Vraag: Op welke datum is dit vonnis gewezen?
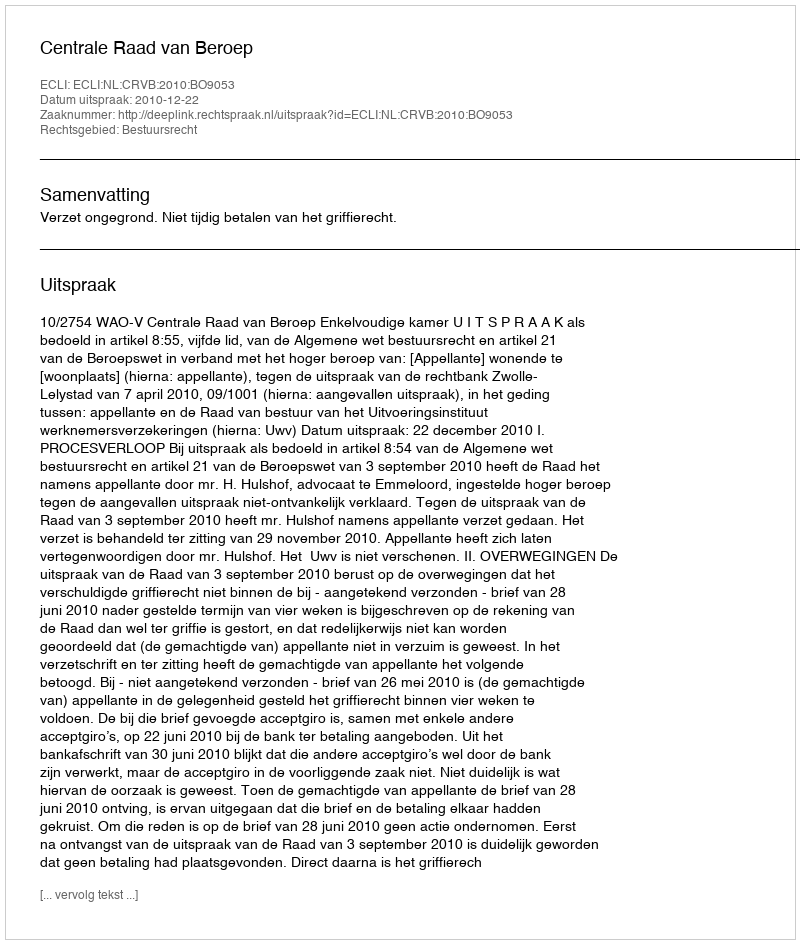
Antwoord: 2010-12-22